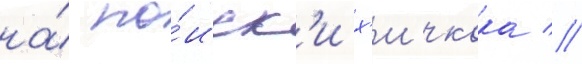
на́ по́иск'и х'ичкока //